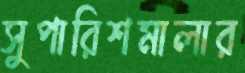
সুপারিশমালার